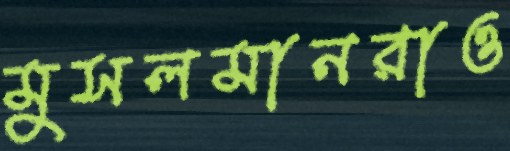
মুসলমানরাও